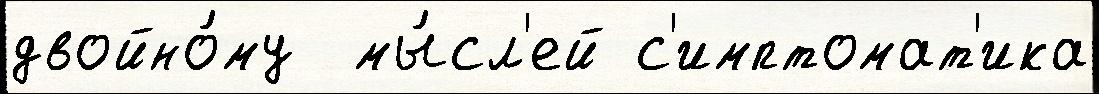
двойно́му  мы́сл'ей с'имптомат'ика